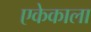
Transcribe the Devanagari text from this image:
एकेकाला